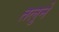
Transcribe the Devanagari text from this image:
तलुने